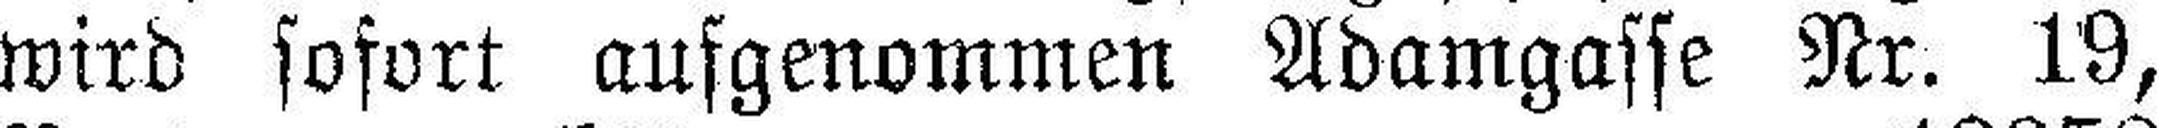
wird sofort ausgenommen Adamgasse Nr. 19,